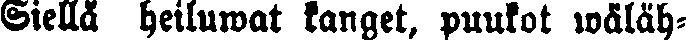
Siellä heiluwat kanget, puukot wäläh-